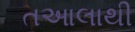
તઆલાથી